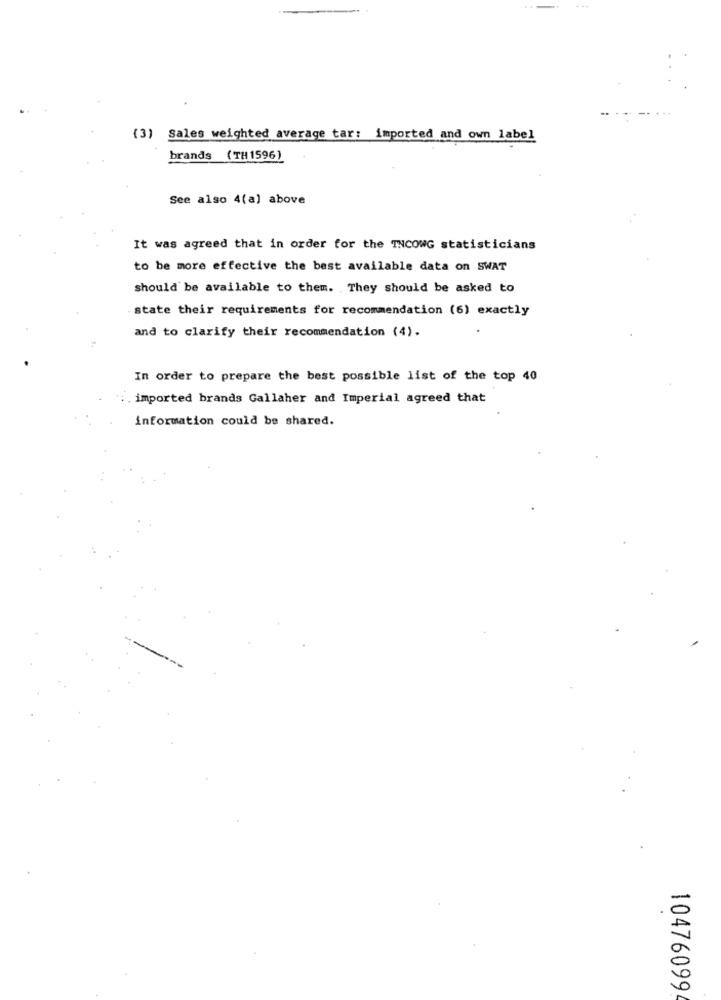
(3) Sales weighted average tar: imported and own label
brands (TH1596)
See also 4(a) above
It was agreed that in order for the TNCOWG statisticians
to be more effective the best available data on SWAT
should be available to them. They should be asked to
. state their requirements for recommendation (6) exactly
and to clarify their recommendation (4).
In order to prepare the best possible list of the top 40
.imported brands Gallaher and Imperial agreed that
information could be shared.
10476099